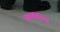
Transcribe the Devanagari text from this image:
ज़यतोनिया